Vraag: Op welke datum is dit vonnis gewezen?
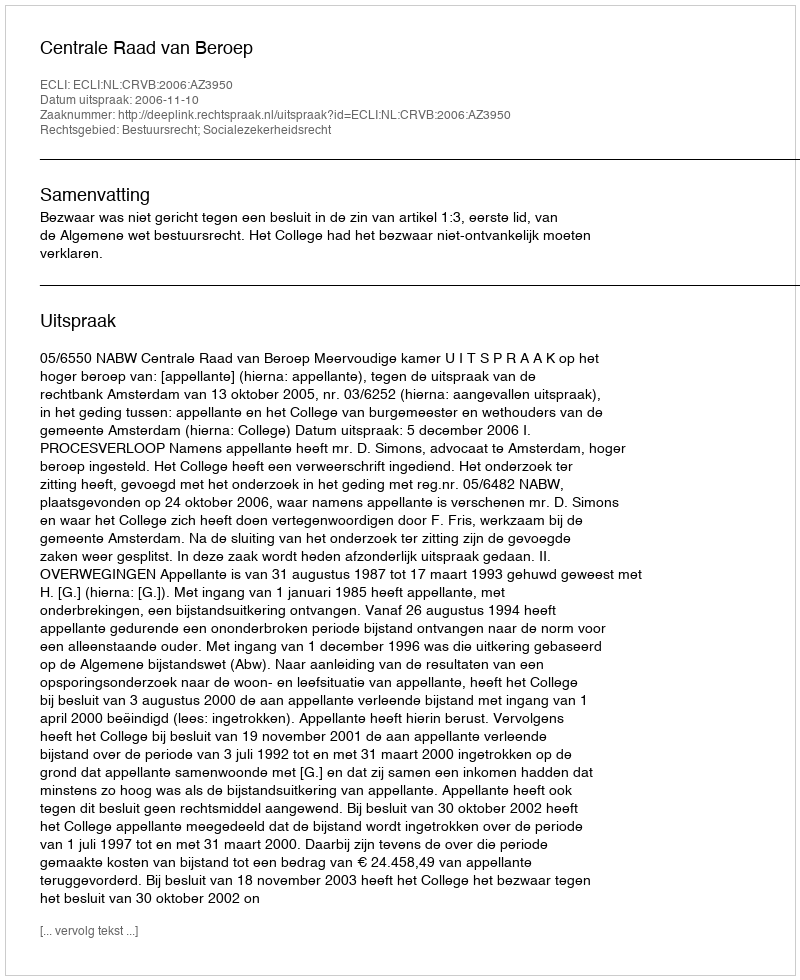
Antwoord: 2006-11-10